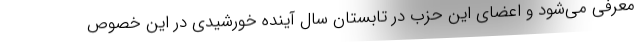
معرفی می‌شود و اعضای این حزب در تابستان سال آینده خورشیدی در این خصوص